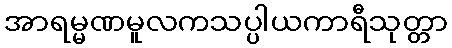
အာရမ္မဏမူလကသပ္ပါယကာရီသုတ္တာ